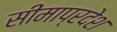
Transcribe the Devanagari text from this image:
सीमाप्रदेश